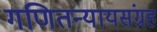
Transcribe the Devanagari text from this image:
गणितन्यायसंग्रह